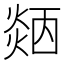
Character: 𤌜